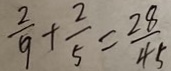
\frac { 2 } { 9 } + \frac { 2 } { 5 } = \frac { 2 8 } { 4 5 }